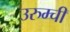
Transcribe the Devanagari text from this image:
उरुम्ची